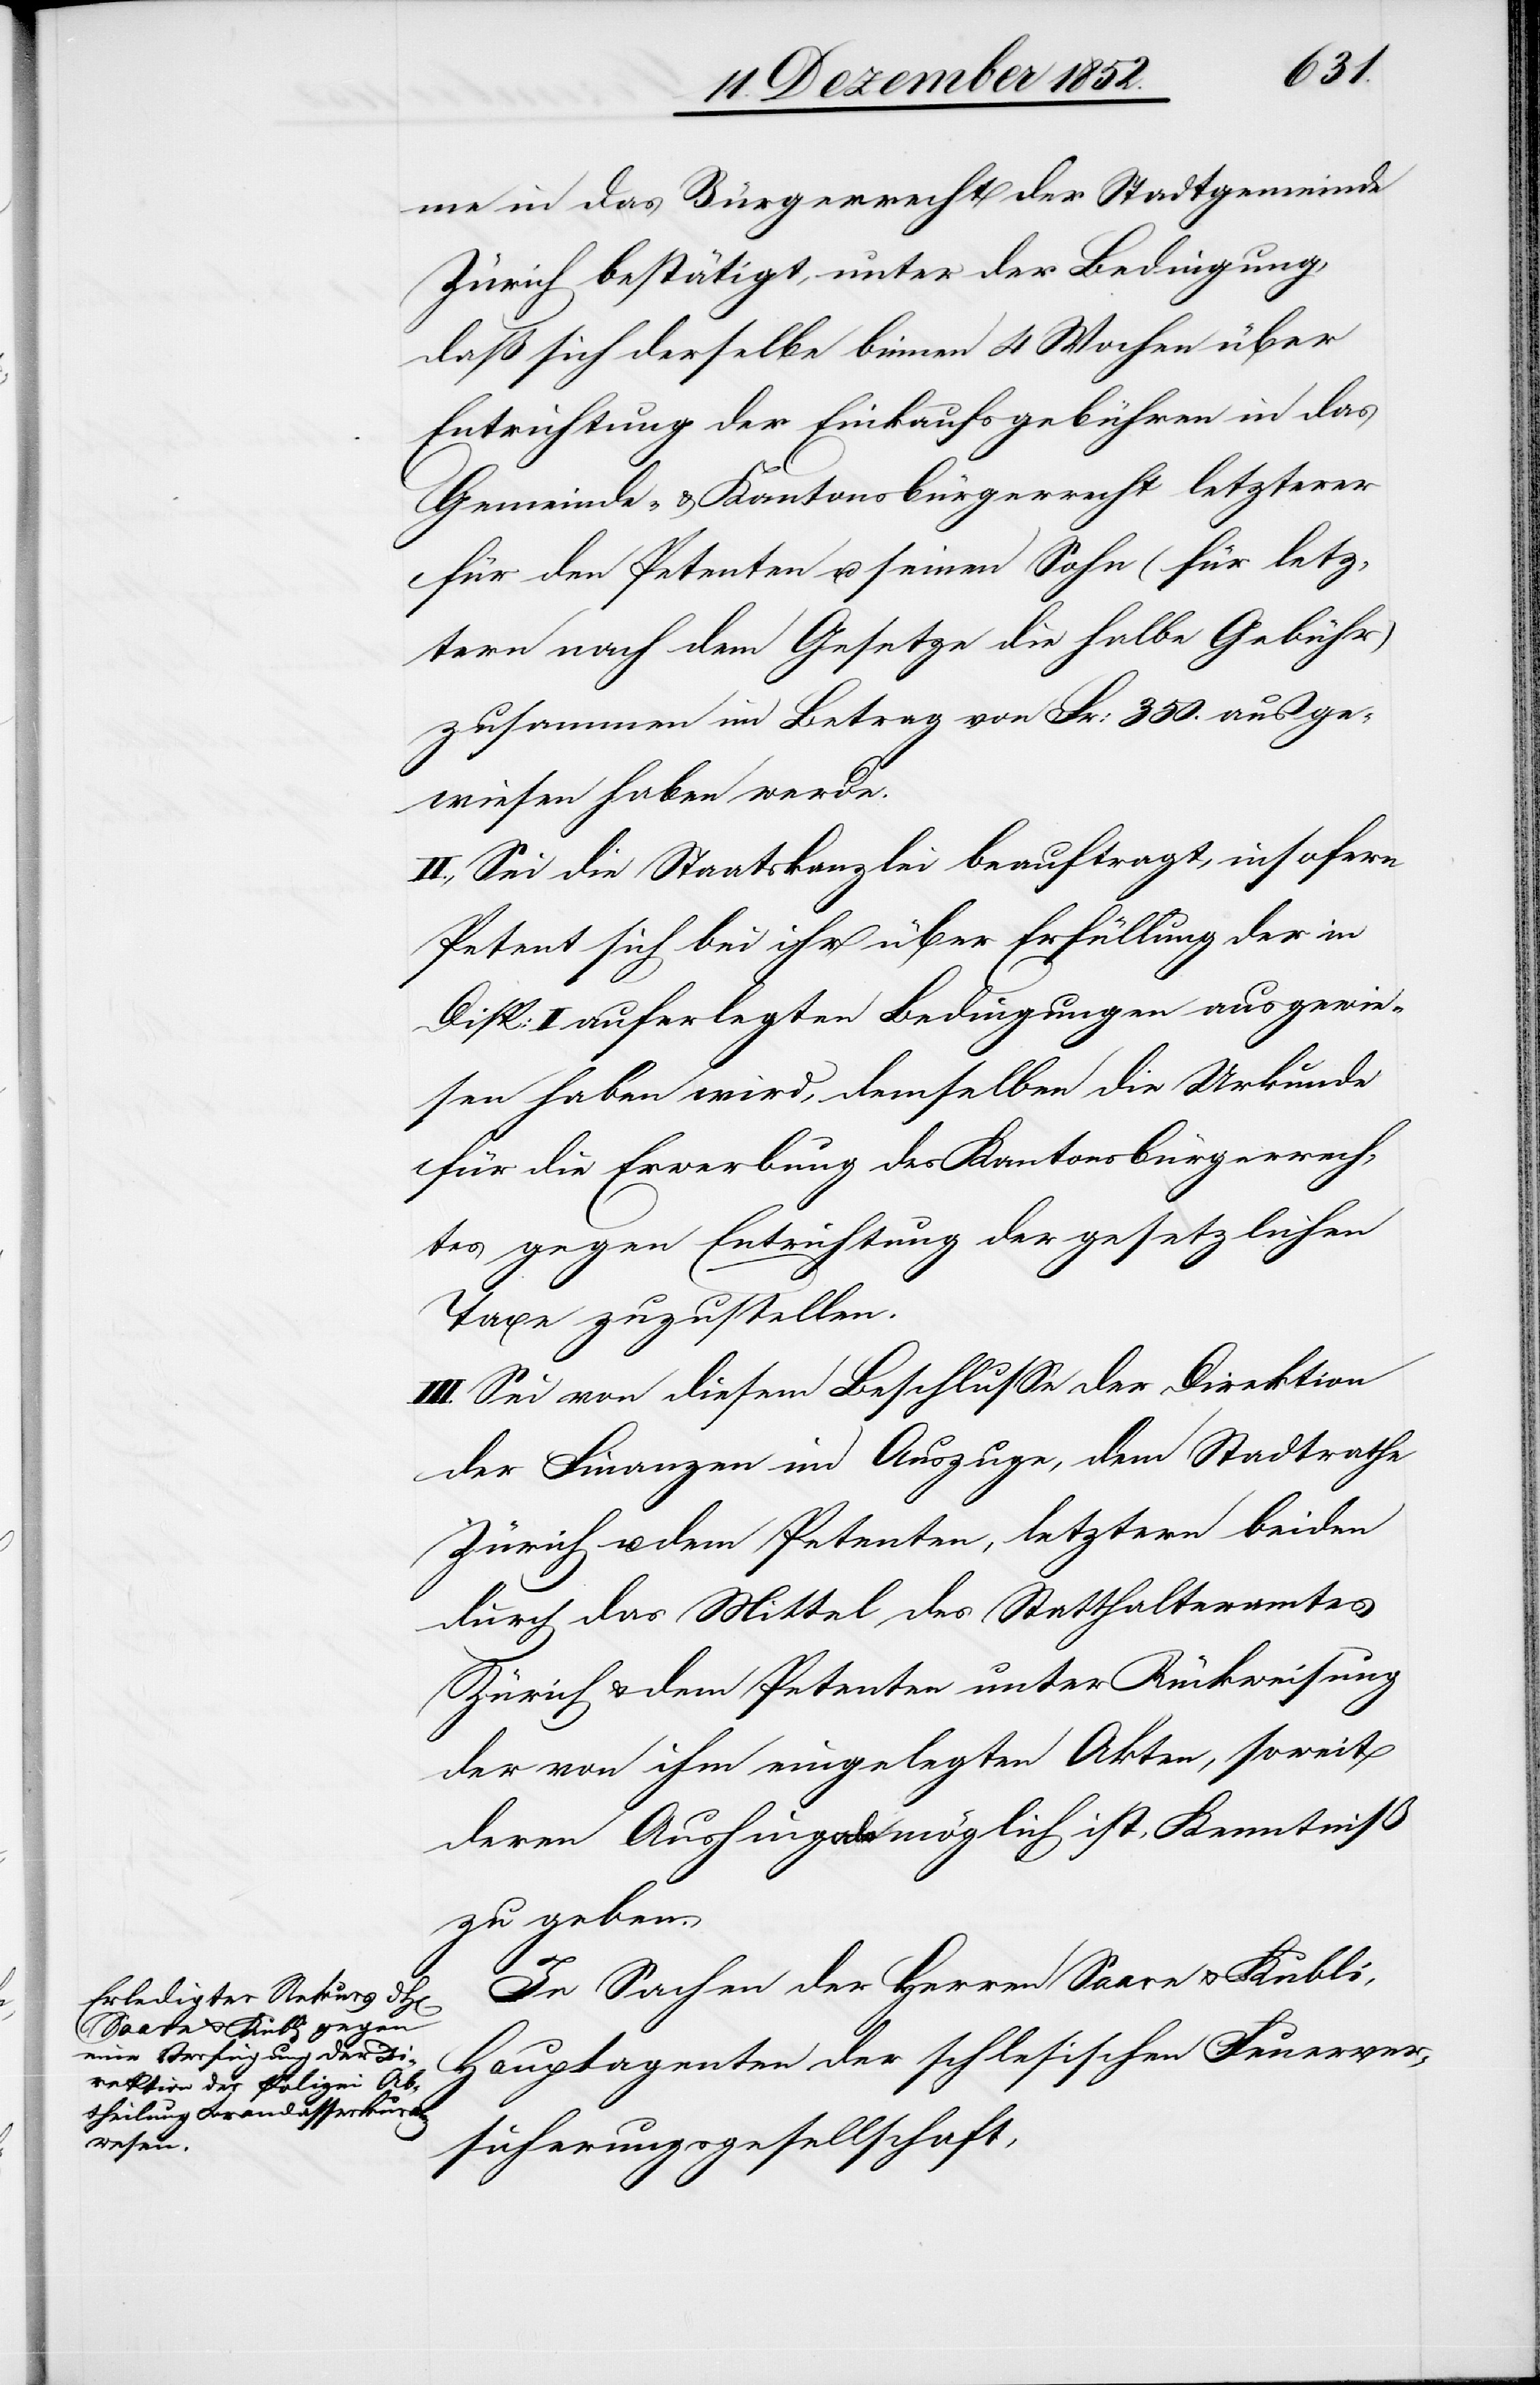
me in das Bürgerrecht der Stadtgemeinde
Zürich bestätigt, unter der Bedingung,
daß sich derselbe binnen 4 Wochen über
Entrichtung der Einkaufsgebühren in das
Gemeinde- & Kantonsbürgerrecht letzterer
für den Petenten u. seinen Sohn (für letz¬
tern nach dem Gesetze die halbe Gebühr)
zusammen im Betrag von Fr: 350. ausge¬
wiesen haben werde.
II., Sei die Staatskanzlei beauftragt, insofern
Petent sich bei ihr über Erfüllung der in
Disp: I auferlegten Bedingungen ausgewie¬
sen haben wird, demselben die Urkunde
für die Erwerbung des Kantonsbürgerrech¬
tes gegen Entrichtung der gesetzlichen
Taxe zuzustellen.
III. Sei von diesem Beschlusse der Direktion
der Finanzen im Auszuge, dem Stadtrathe
Zürich u. dem Petenten, letztern beiden
durch das Mittel des Statthalteramtes
Zürich & dem Petenten unter Rückweisung
der von ihm eingelegten Akten, soweit
deren Aushingabe möglich ist, Kenntniß
zu geben.
In Sachen der Herren Saare & Kubli,
Hauptagenten der schlesischen Feuerver¬
sicherungsgesellschaft,